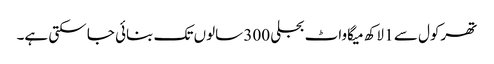
تھرکول سے 1 لاکھ میگاواٹ بجلی 300 سالوں تک بنائی جا سکتی ہے۔